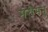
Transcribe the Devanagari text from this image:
मरीमनु